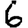
Digit: 6